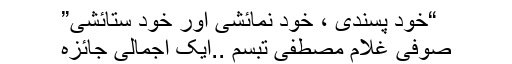
“خود پسندی ، خود نمائشی اور خود ستائشی”
صوفی غلام مصطفی تبسم ..ایک اجمالی جائزہ